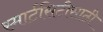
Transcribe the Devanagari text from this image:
स्मार्टसिटीसाठी